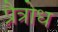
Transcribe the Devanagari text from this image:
प्रैत्रोध